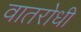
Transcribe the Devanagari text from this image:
वातरोधी